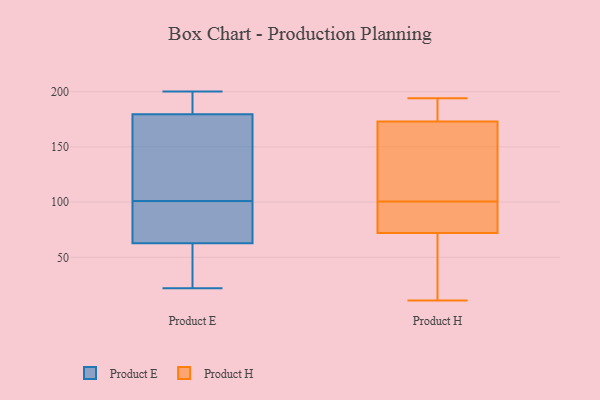
{"axis": {"x": "Humidity (%)", "y": "Value"}, "legend": ["Product E", "Product H"], "data": [{"x": "", "y": 139, "type": "Product E"}, {"x": "", "y": 176, "type": "Product E"}, {"x": "", "y": 39, "type": "Product E"}, {"x": "", "y": 105, "type": "Product E"}, {"x": "", "y": 197, "type": "Product E"}, {"x": "", "y": 200, "type": "Product E"}, {"x": "", "y": 71, "type": "Product E"}, {"x": "", "y": 65, "type": "Product E"}, {"x": "", "y": 101, "type": "Product E"}, {"x": "", "y": 93, "type": "Product E"}, {"x": "", "y": 190, "type": "Product E"}, {"x": "", "y": 22, "type": "Product E"}, {"x": "", "y": 56, "type": "Product E"}, {"x": "", "y": 189, "type": "Product H"}, {"x": "", "y": 171, "type": "Product H"}, {"x": "", "y": 98, "type": "Product H"}, {"x": "", "y": 16, "type": "Product H"}, {"x": "", "y": 175, "type": "Product H"}, {"x": "", "y": 47, "type": "Product H"}, {"x": "", "y": 71, "type": "Product H"}, {"x": "", "y": 73, "type": "Product H"}, {"x": "", "y": 100, "type": "Product H"}, {"x": "", "y": 19, "type": "Product H"}, {"x": "", "y": 175, "type": "Product H"}, {"x": "", "y": 194, "type": "Product H"}, {"x": "", "y": 11, "type": "Product H"}, {"x": "", "y": 85, "type": "Product H"}, {"x": "", "y": 111, "type": "Product H"}, {"x": "", "y": 163, "type": "Product H"}, {"x": "", "y": 193, "type": "Product H"}, {"x": "", "y": 136, "type": "Product H"}, {"x": "", "y": 96, "type": "Product H"}, {"x": "", "y": 101, "type": "Product H"}]}